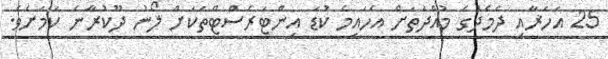
25 އަަހަޜާއި ދެމެދުގެ މުއްދަތަށް އެހައިމެ ކުޑަ އިންޓަރެސްޓްތަކަށް ލޯނު ދޫކުރާނެ ކަަމަށެވެ.